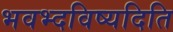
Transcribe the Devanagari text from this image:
भवभ्दविष्यदिति